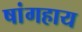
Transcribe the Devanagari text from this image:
षांगहाय